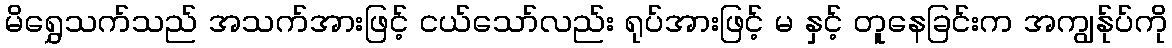
မိရွှေသက်သည် အသက်အားဖြင့် ငယ်သော်လည်း ရုပ်အားဖြင့် မ နှင့် တူနေခြင်းက အကျွန်ုပ်ကို